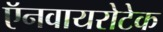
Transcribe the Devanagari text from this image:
ऍनवायरोटेक